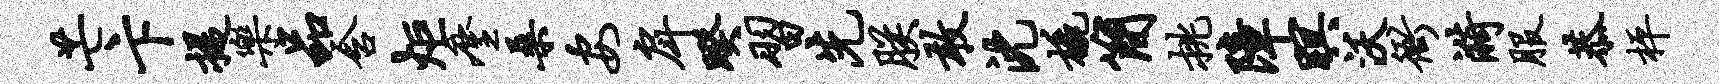
芒卞提乐品含炬麈桑安戽暌习先朕敢沈橇简挑障暝沃衙漪服恭枰